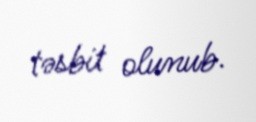
təsbit olunub.